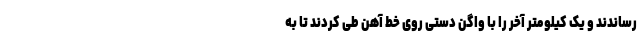
رساندند و یک کیلومتر آخر را با واگن دستی روی خط آهن طی کردند تا به